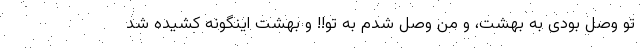
تو وصل بودی به بهشت، و من وصل شدم به تو!! و بهشت اینگونه کشیده شد